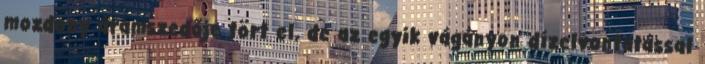
mozdony áramszedője tört el, de az egyik vágányon dízelvontatással